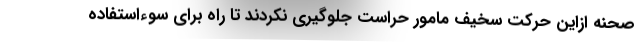
صحنه ازاین حرکت سخیف مامور حراست جلوگیری نکردند تا راه برای سوءاستفاده